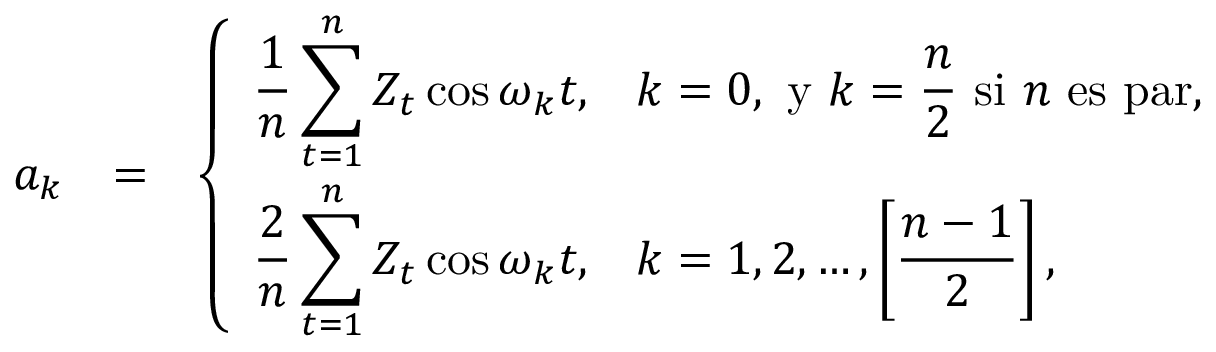
\begin{array} { r l r } { a _ { k } } & { = } & { \left\{ \begin{array} { l l } { \displaystyle \frac { 1 } { n } \sum _ { t = 1 } ^ { n } Z _ { t } \cos \omega _ { k } t , } & { \displaystyle k = 0 \mathrm { , ~ y ~ } k = \frac { n } { 2 } \mathrm { ~ s i ~ } n \mathrm { ~ e s ~ p a r , } } \\ { \displaystyle \frac { 2 } { n } \sum _ { t = 1 } ^ { n } Z _ { t } \cos \omega _ { k } t , } & { \displaystyle k = 1 , 2 , \hdots , \left[ \frac { n - 1 } { 2 } \right] , } \end{array} \right. } \end{array}